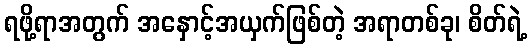
ရဖို့ရာအတွက် အနှောင့်အယှက်ဖြစ်တဲ့ အရာတစ်ခု၊ စိတ်ရဲ့